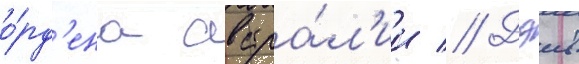
о́рд'ена австра́л'ии // Дэив